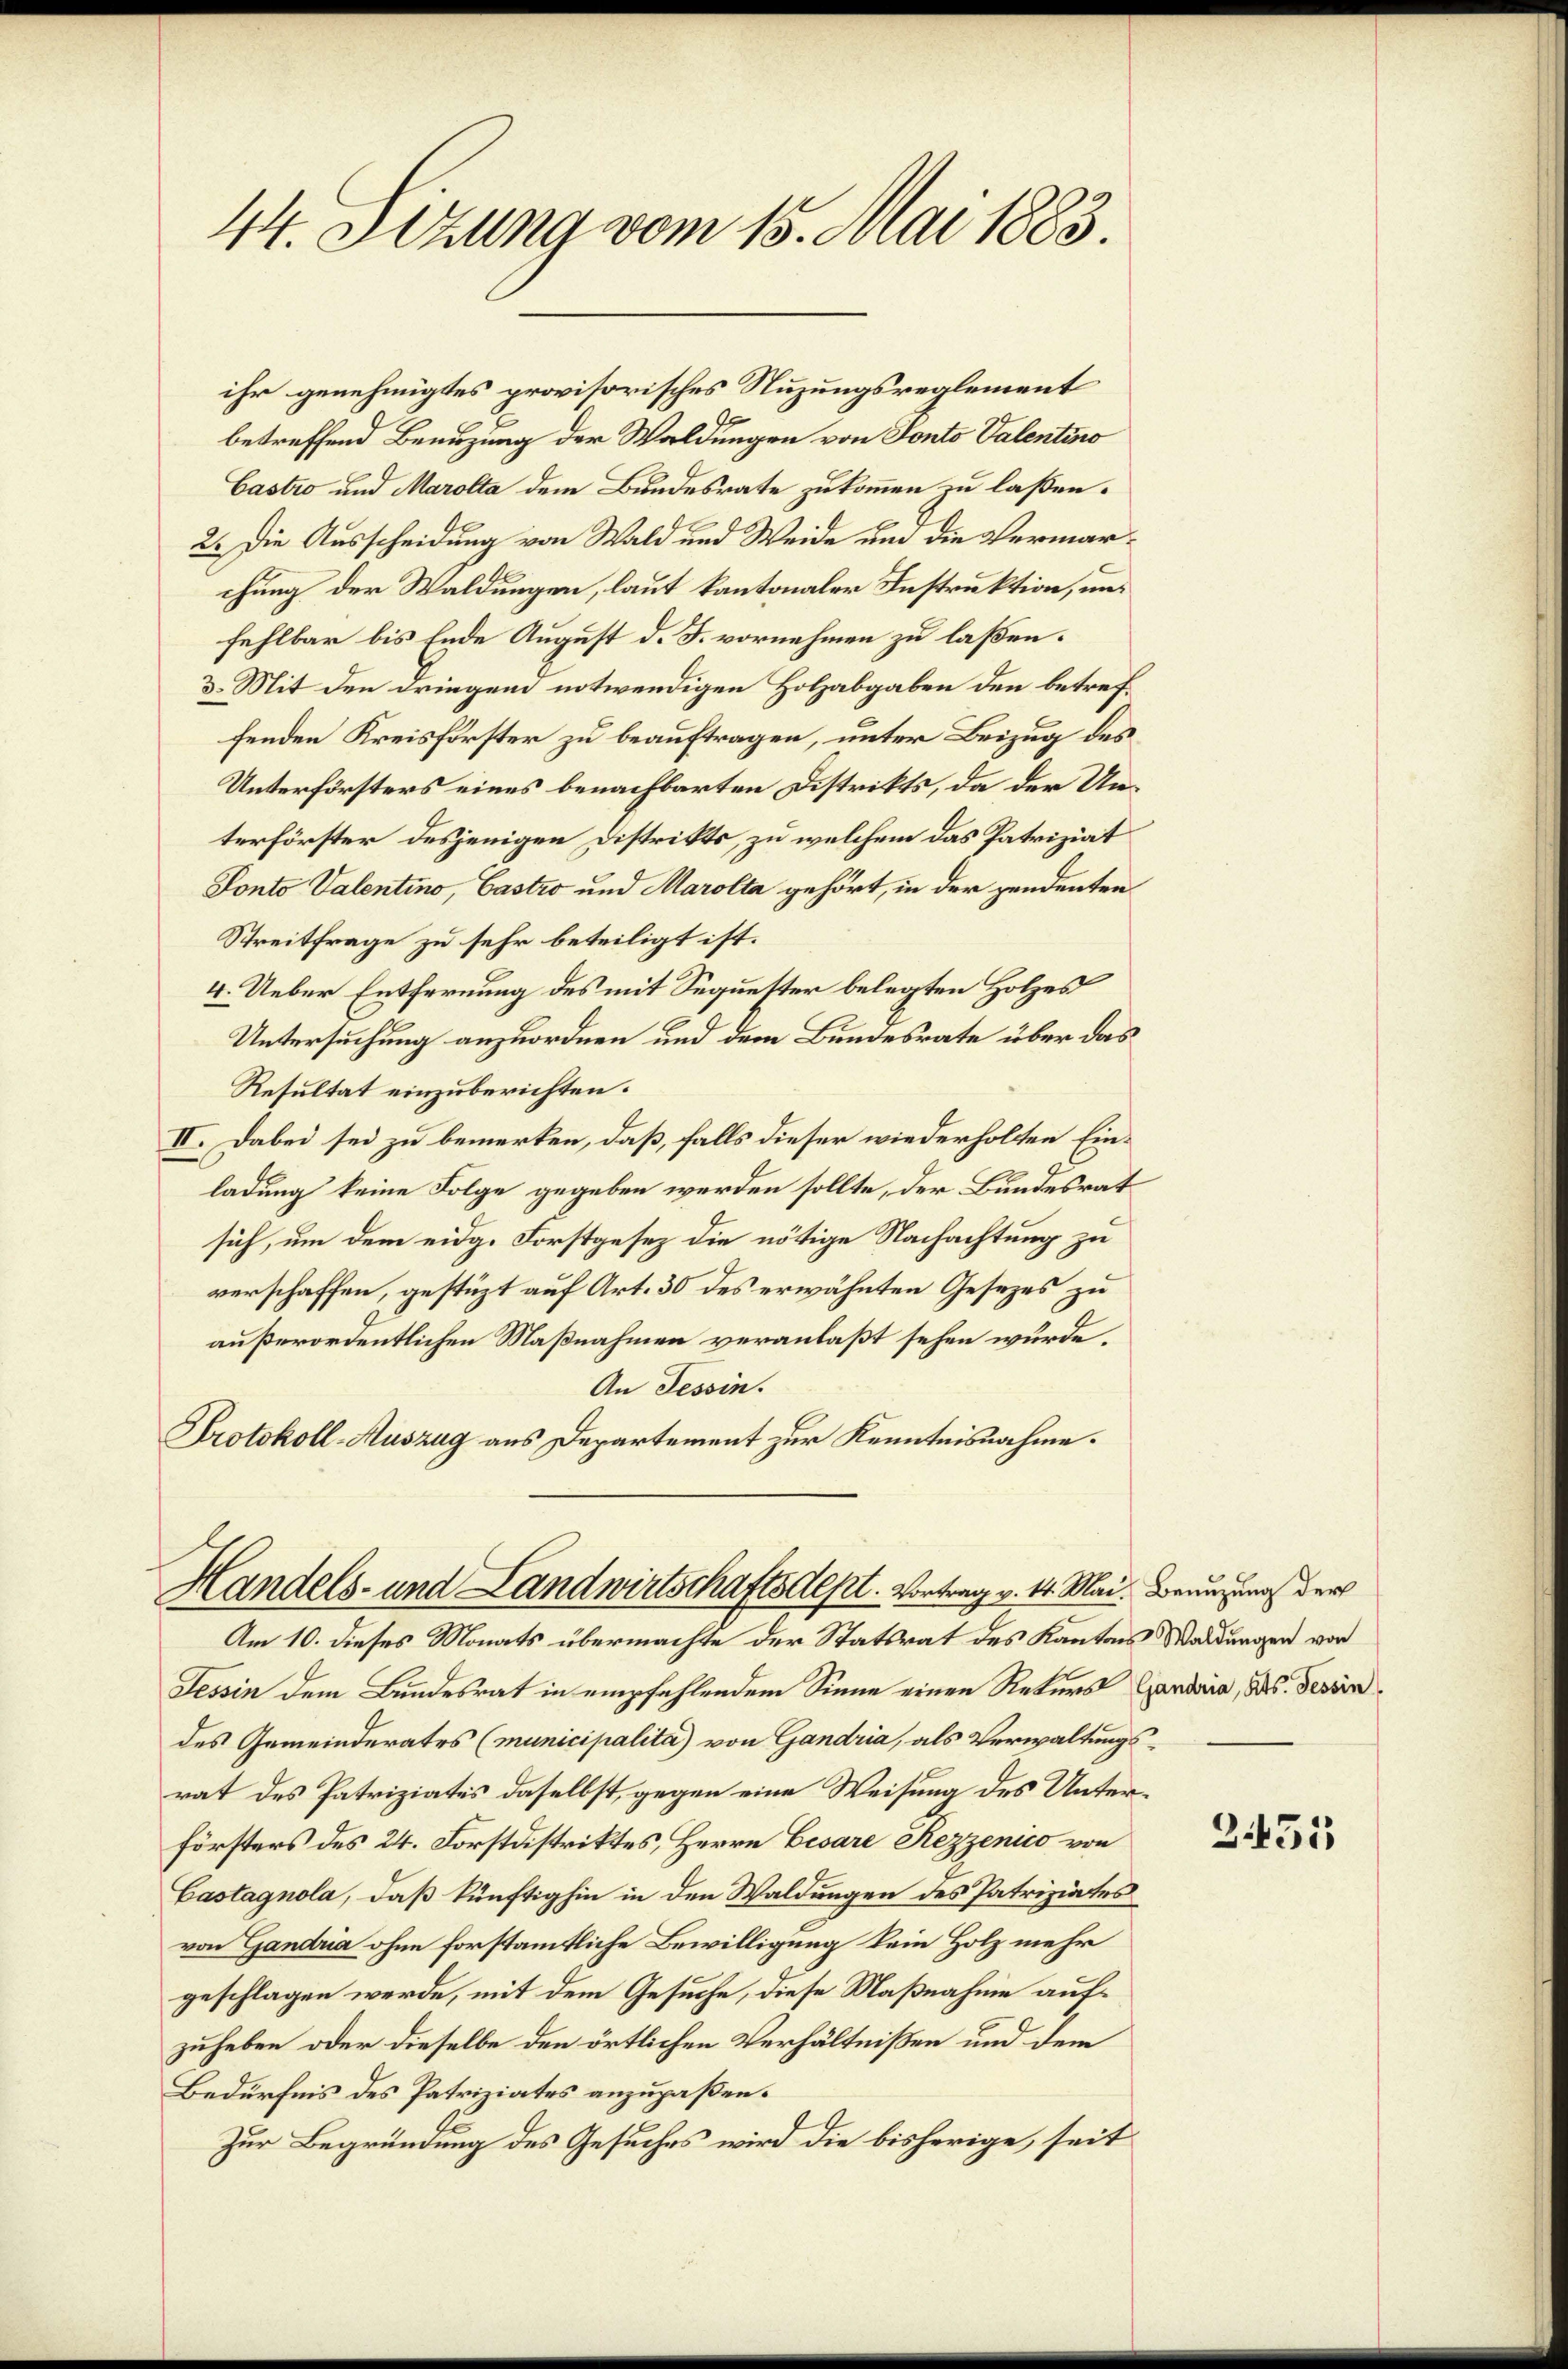
44. Sizung vom 15. Mai 1883.

betreffend Benuzung der Waldungen von Fonto Valentino
Castro und Marolta dem Bundesrate zukommen zu laßen.
2. Die Ausscheidung von Wald und Weide um die Vermarchung der Waldungen, laut kantonaler Instruktion, und
fehlbar bis Ende August d. J. vornehmen zu laßen.
3. Mit den dringen notwendigen Holzabgaben den betreffenden Kreisförster zu beauftragen, unter Beizug des
Unterförsters eines benachbarten Distrikts, da der Unterförster desjenigen Distrikts, zu welchem das Patriziat
Ponto Valentino, Castro und Marolta gehört, in der pendenten
Streitfrage zu sehr beteiligt ist.
4. Ueber Entfernung des mit Sequester belegten Holzes
Untersuchung anzuordnen und dem Bundesrate über das
Resultat einzuberichten.
II. Dabei sei zu bemerken, daß, falls dieser wiederholten Einladung keine Folge gegeben werden sollte, der Bundesrat
sich, um dem eidg. Forstgesez die nötige Nachachtung zu
verschaffen, gestüzt auf Art. 30 des erwähnten Gesezes zu
außerordentlichen Maßnahmen veranlaßt sehen wurde,
An Tessin.
Protokoll-Auszug aus Departement zur Kenntnisnahme.

ihr genehmigtes provisorisches Nuzungsreglement

Handels- und Landwirtschaftsdept. Vortrag v. 4. Mai. Benuzung der
Am 10. dieses Monats übermachte der Statsrat des Kantons Waldungen von

Tessin dem Bundesrat in empfehlendem Sinne einen Rekurs Candia, Bs. Tessin
des Gemeinderates (municipalita) von Gandria, als Verwaltungs-
rat des Patriziates daselbst, gegen eine Weisung des Unterförsters des 24. Forstdistriktes, Herrn Besare Rezzenico von
Castagnola, daß künftighin in den Waldungen des Patriziates
von Gandria ohne forstamtliche Bewilligung kein Holz mehr
geschlagen werde, mit dem Gesuche, diese Maßnahme aufzuheben oder dieselbe den örtlichen Verhältnißen und dem
Bedürfnis des Patriziates anzupaßen.
Zur Begründung des Gesuches wird die bisherige, seit

3451